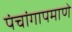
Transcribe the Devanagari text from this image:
पंचांगापमाणे